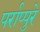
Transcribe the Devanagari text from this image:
पर्राप्पुरे